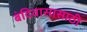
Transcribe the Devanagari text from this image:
बंदिवासासाठी